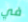
في